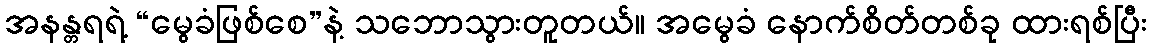
အနန္တရရဲ့ “မွေခံဖြစ်စေ”နဲ့ သဘောသွားတူတယ်။ အမွေခံ နောက်စိတ်တစ်ခု ထားရစ်ပြီး